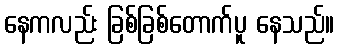
နေကလည်း ခြစ်ခြစ်တောက်ပူ နေသည်။